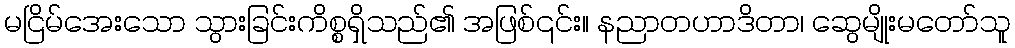
မငြိမ်အေးသော သွားခြင်းကိစ္စရှိသည်၏ အဖြစ်၎င်း။ နညာတဟာဒိတာ၊ ဆွေမျိုးမတော်သူ